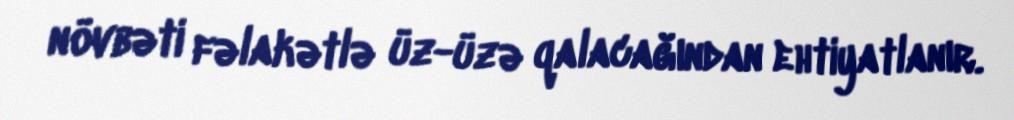
növbəti fəlakətlə üz-üzə qalacağından ehtiyatlanır.